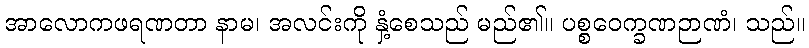
အာလောကဖရဏတာ နာမ၊ အလင်းကို နှံ့စေသည် မည်၏။ ပစ္စဝေက္ခဏဉာဏံ၊ သည်။